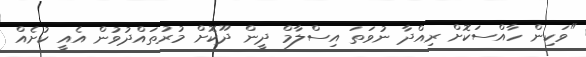
"ވަކިން ހާއްސަކޮށް ރިއްދާ ނުވަތަ އިސްލާމް ދީން ދޫކޮށް މުރުތައްދުވުން އެއީ ކުށެއް